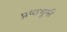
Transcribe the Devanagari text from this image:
प्रष्ठभूमी